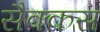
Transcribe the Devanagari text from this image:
सैक्कस